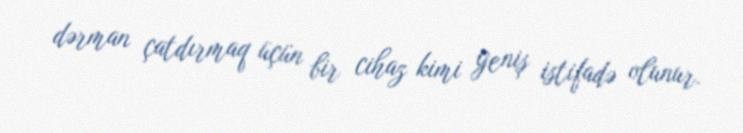
dərman çatdırmaq üçün bir cihaz kimi geniş istifadə olunur.